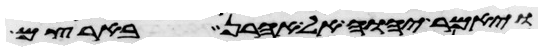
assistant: ויאמר יהוה אל אהרן בארצם